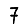
Digit: 7